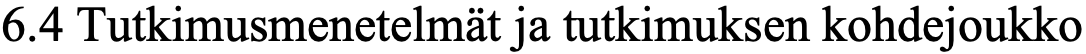
6.4 Tutkimusmenetelmät ja tutkimuksen kohdejoukko